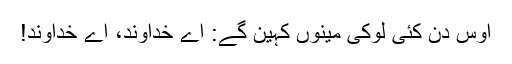
اُوس دِن کئی لوکی مینوں کہین گے: اے خُداوند، اے خُداوند!